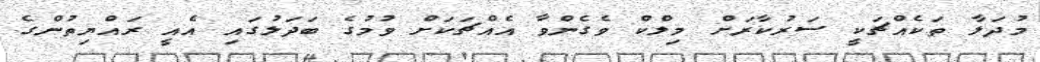
މުދަލާ ތަކެއްޗަކީ ސަރުކާރަށް މިލްކް ވެގެންވާ އެއްޗަކަށް ވުމުގެ ބަދަލުގައި އެއީ ރައްޔިތުންގެ